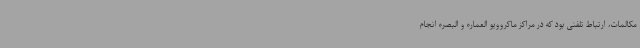
مکالمات، ارتباط تلفنی بود که در مراکز ماکروویو العماره و البصره انجام